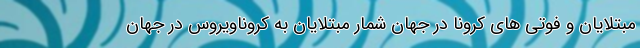
مبتلایان و فوتی های کرونا در جهان شمار مبتلایان به کروناویروس در جهان